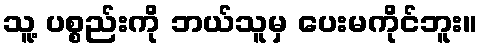
သူ့ ပစ္စည်းကို ဘယ်သူမှ ပေးမကိုင်ဘူး။